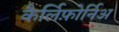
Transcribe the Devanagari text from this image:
कैर्लिफ़ोर्निअ